Report of an investigation of the epidemic of malarial fever in Assam, or, kala-azar
Disease focus: Malaria
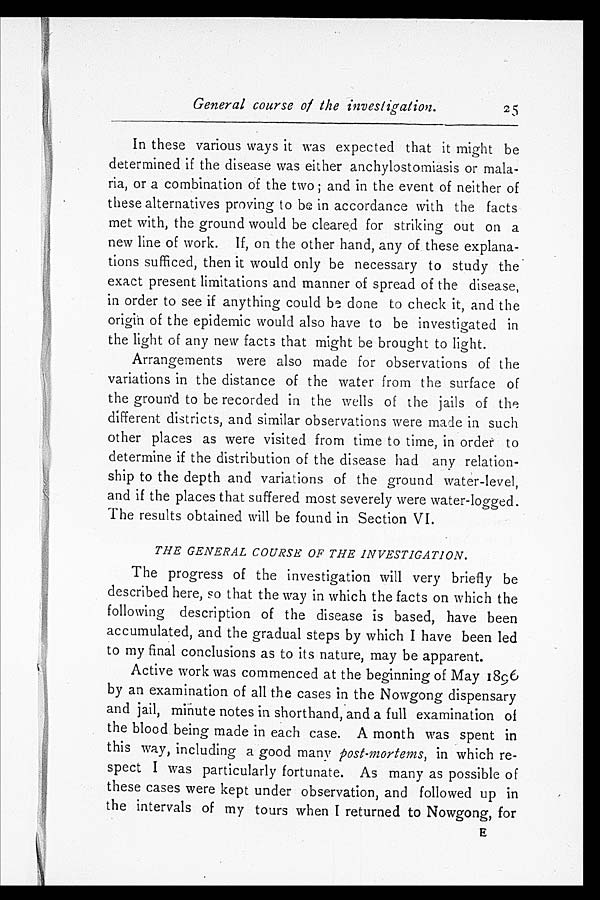
General course of the investigation.
In these various ways it was expected that it might be
determined if the disease was either anchylostomiasis or mala-
ria, or a combination of the two ; and in the event of neither of
these alternatives proving to be in accordance with the facts
met with, the ground would be cleared for striking out on a
new line of work. If, on the other hand, any of these explana-
tions sufficed, then it would only be necessary to study the
exact present limitations and manner of spread of the disease,
in order to see if anything could be done to check it, and the
origin of the epidemic would also have to be investigated in
the light of any new facts that might be brought to light.
Arrangements were also made for observations of the
variations in the distance of the water from the surface of
the ground to be recorded in the wells of the jails of the
different districts, and similar observations were made in such
other places as were visited from time to time, in order to
determine if the distribution of the disease had any relation-
ship to the depth and variations of the ground water-level,
and if the places that suffered most severely were water-logged.
The results obtained will be found in Section VI.
THE GENERAL COURSE OF THE INVESTIGATION.
The progress of the investigation will very briefly be
described here, so that the way in which the facts on which the
following description of the disease is based, have been
accumulated, and the gradual steps by which I have been led
to my final conclusions as to its nature, may be apparent.
Active work was commenced at the beginning of May 1896
by an examination of all the cases in the Nowgong dispensary
and jail, minute notes in shorthand, and a full examination of
the blood being made in each case. A month was spent in
this way, including a good many post-mortems, in which re-
spect I was particularly fortunate. As many as possible of
these cases were kept under observation, and followed up in
the intervals of my tours when I returned to Nowgong, for